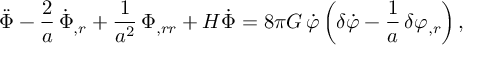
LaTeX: \ddot { \Phi } - \frac { 2 } { a } \, \dot { \Phi } _ { , r } + \frac { 1 } { a ^ { 2 } } \, \Phi _ { , r r } + H \dot { \Phi } = 8 \pi G \, \dot { \varphi } \left( \delta \dot { \varphi } - \frac { 1 } { a } \, \delta \varphi _ { , r } \right) ,